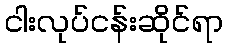
ငါးလုပ်ငန်းဆိုင်ရာ